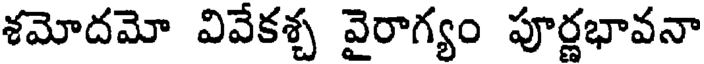
శమోదమో వివేకశ్చ వైరాగ్యం పూర్ణభావనా